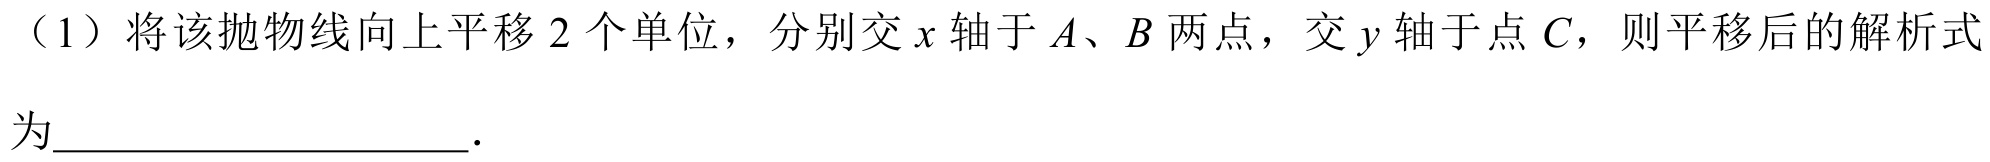
（1）将该抛物线向上平移\(2\)个单位，分别交\(x\)轴于\(A\)、\(B\)两点，交\(y\)轴于点\(C\)，则平移后的解析式为____________________．